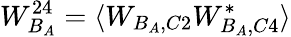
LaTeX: W_{B_{A}}^{24}=\langle W_{B_{A},C2}W_{B_{A},C4}^{*}\rangle